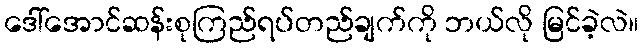
ဒေါ်အောင်ဆန်းစုကြည်ရပ်တည်ချက်ကို ဘယ်လို မြင်ခဲ့လဲ။